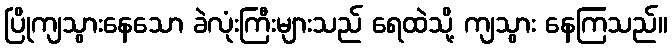
ပြိုကျသွားနေသော ခဲလုံးကြီးများသည် ရေထဲသို့ ကျသွား နေကြသည်။